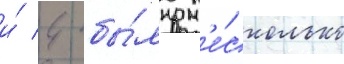
и́ 4 бы́ло н'е́сколько